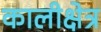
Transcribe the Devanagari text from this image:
कालीक्षेत्र